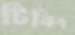
টিকিং